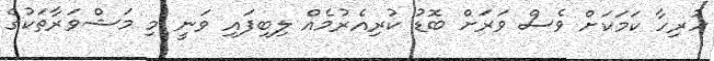
ހުރިހާ ކަމަކަށް ވެސް ވަރަށް ބޮޑު ކުރިއެރުމެއް ލިބިފައި ވަނީ މި މަޝްވަރާތަކުގެ